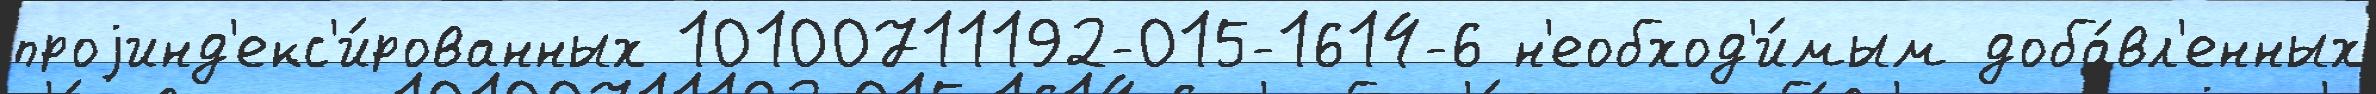
проjинд'екс'и́рованных 10100711192-015-1614-6 н'еобход'и́мым доба́вл'енных